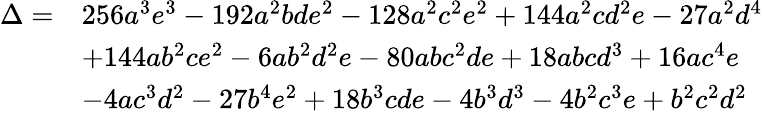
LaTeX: {\begin{array}{rl}{\Delta=}&{256a^{3}e^{3}-192a^{2}bde^{2}-128a^{2}c^{2}e^{2}+144a^{2}cd^{2}e-27a^{2}d^{4}}\\ &{+144ab^{2}ce^{2}-6ab^{2}d^{2}e-80abc^{2}de+18abcd^{3}+16ac^{4}e}\\ &{-4ac^{3}d^{2}-27b^{4}e^{2}+18b^{3}cde-4b^{3}d^{3}-4b^{2}c^{3}e+b^{2}c^{2}d^{2}}\end{array}}